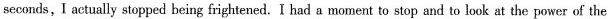
seconds,I actually stopped being frightened. I had a moment to stop and to look at the power of the